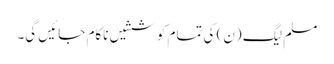
مسلم لیگ (ن) کی تمام کوششیں ناکام جائیں گی۔